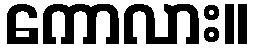
ကောလား။